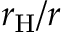
r _ { \mathrm { H } } / r